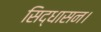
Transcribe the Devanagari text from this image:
सिद्धासन।